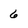
Character: 6